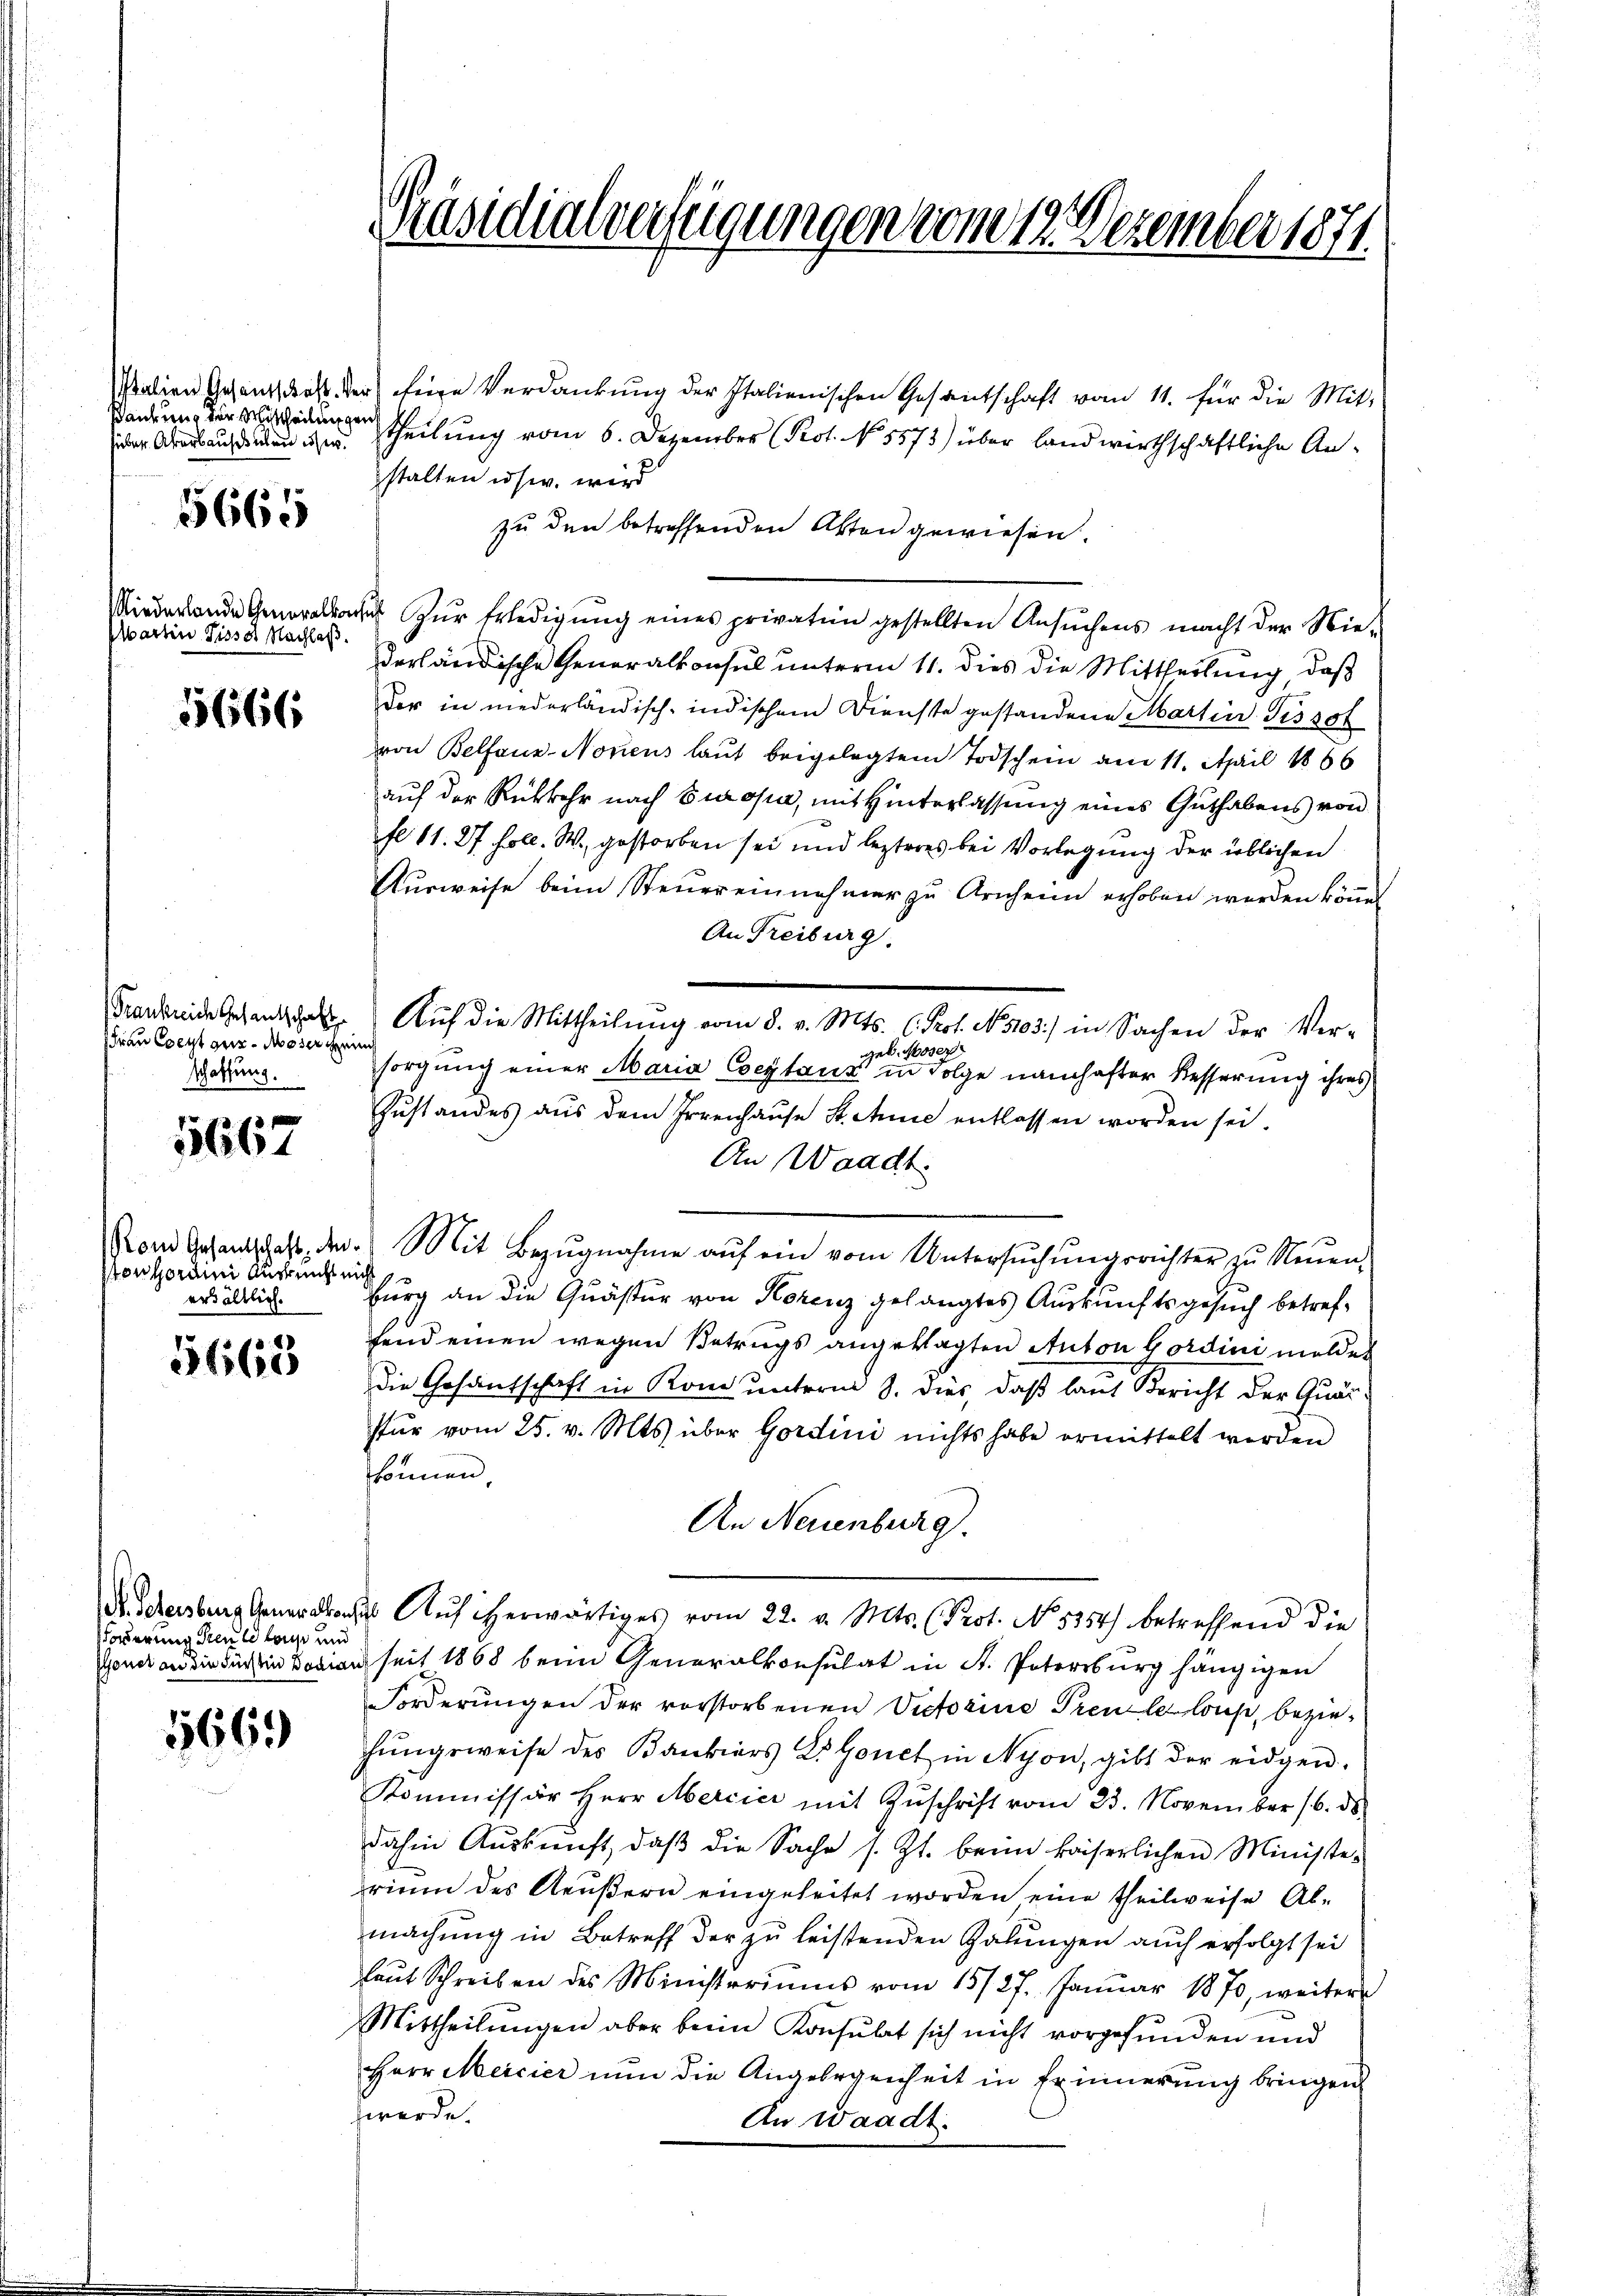
sankung der Mittheilungen

5665

Niederlande Generalkonsul
warten Tissot Nachlaß.

5666

Frau Coeyt gut des oder ein
schaffung.

42 x
1566

Ponkordini Auch nicht nicht
erhältlich.

5663

Vorderung Preuld laus und

5669

Italien Gesand daß der eige Verdankung der Italienischen Gesantschaft vom 11. für die Mit-
ider Arabaudien u. Theilung vom 6. Dezember (Prot. No 5573) über landwirthschaftliche Anstalten usw. wird
zu den betreffenden Akten gewiesen.
Zŭr Erledigŭng eines privation gestellten Ansŭchens macht der Nie-
derländische Generalkonsul unterm 11. dies die Mittheilung, daß
der in niederländisch-indischem Dienste gestandene Martin Tissot
von Belfauz-Nonens laut beigelegtem Todschein am 11. April 1866
auf der Rückkehr nach Europa, mit Hinterlassung eines Guthabens von
fl 11. 27 foll. W. gestorben sei und lezteres bei Vorlegung der üblichen
Ausweise beim Steuereinnehmer zu Arnheim erhoben werden könen
An Treiburg.
Frankende sehenthalt. Aŭf die Mittheilŭng vom 8. v. Mts. C. Prof. No 103) in Sachen der Ver-
geb. Moser
sorgung einer Maria Coeytanz in Folge namhafter Besserung ihres
Zustandes aus dem Irrenhause H. Annie entlassen worden sei.
An Waadt.
Vom Gesandtschaft, der Mit Bezŭgnahme aŭf ein vom Untersŭchŭngsrichter zu Neuen-
burg an die Quästur von Korenz gelangtes Auskunftsgesuch betreffend einen wegen Betrugs angeklagten Anton Gordini meldet
Die Gesantschaft in Rom unterm 8. dies, daß laut Bericht der Quarstŭr vom 25. v. Mts. über Gordini nichts habe ermittelt werden
können,
An Neuenburg.
Dr Schensberg Gener doch Auf herwärtiges vom 22. v. Mts. (Prot. No 5254) betreffend die
Gener an die dir in Boden seit 1868 beim Generalkonsulat in St. Petersburg hängigen
Forderŭngen der vorstorbenen Victorine Preule lous, bezirhŭngsweise des Bankiers L. Gonet in Nyon, gibt der eidgen.
Kommissär Herr Mercier mit Zŭschrift vom 23. November 16. ds.
dahin Aŭskŭnft, daβ die Sache s. Zt. beim kaiserlichen Ministe-
rium des Aeußern eingeleitet worden, eine theilweise Abmachung in Betreff der zu leistenden Galungen auch erfolgt sei
laŭt Schreiben des Ministeriums vom 15/27. Januar 1870, weitere
Mittheilungen aber beim Konsulat sich nicht vorgefunden und
Herr Meicier nun die Angelegenheit in Erinnerung bringen
werde.
An Waadt.

Präsidialverfügungen vom 17. Dezember 1871.